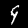
Digit: 9